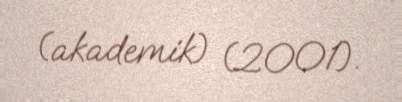
(akademik) (2001).